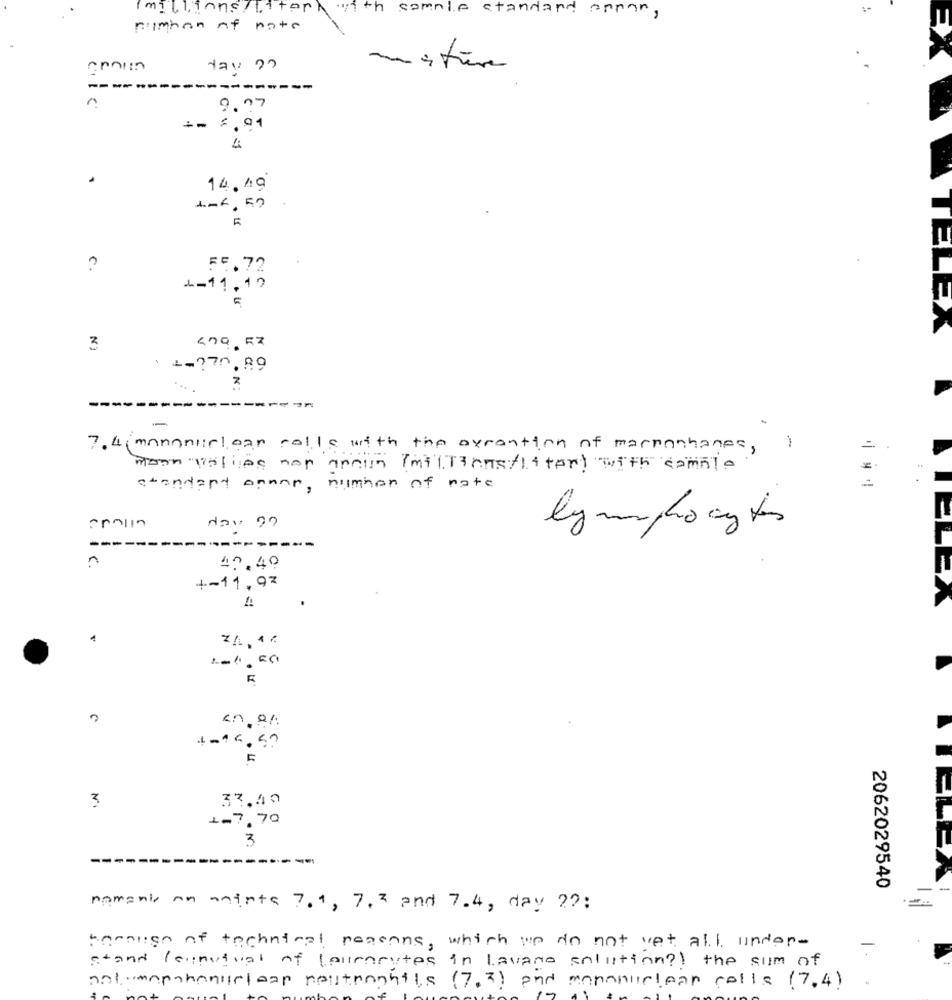
(millions /Liter with
sample standard annan,
numhan of note
misture
1-
9.97
4
14.49
?
FF.72
L - 11 . 10
N
3
1 1.270.99
Z
-
7. 4( mononuclear rolls with the avrantion of marnanhanes,
noon volies non train (milTransflitert with comnl.
standart annen, number of nate
lymphocytes
---------
n
47.40
+-11,92
.
ELEA
Lol, aG
an. 0%.
4.16. 50
3
37,40
1.7,70
3
-
2062029540
namenis an aminta 7, 4, 7,2 and 7.4, day ??:
.==
borough of technical reasons, which we do not yet all under-
stand leunusual of lauracytes in lavano solution ?! the sum of
not unpahanuclear neutronhils (7.) and mananuclear cells ( 7,4)